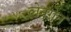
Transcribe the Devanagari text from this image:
लेनग्रेन